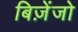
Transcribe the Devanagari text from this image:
बिज़ेंजो